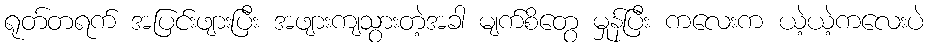
ရုတ်တရက် အပြင်းဖျားပြီး အဖျားကျသွားတဲ့အခါ မျက်စိတွေ မှုန်ပြီး ကလေးက ယဲ့ယဲ့ကလေးပဲ